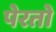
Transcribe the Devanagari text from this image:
पेरतो